Indian journal of veterinary science and animal husbandry - Volume 6,
Year: 1936
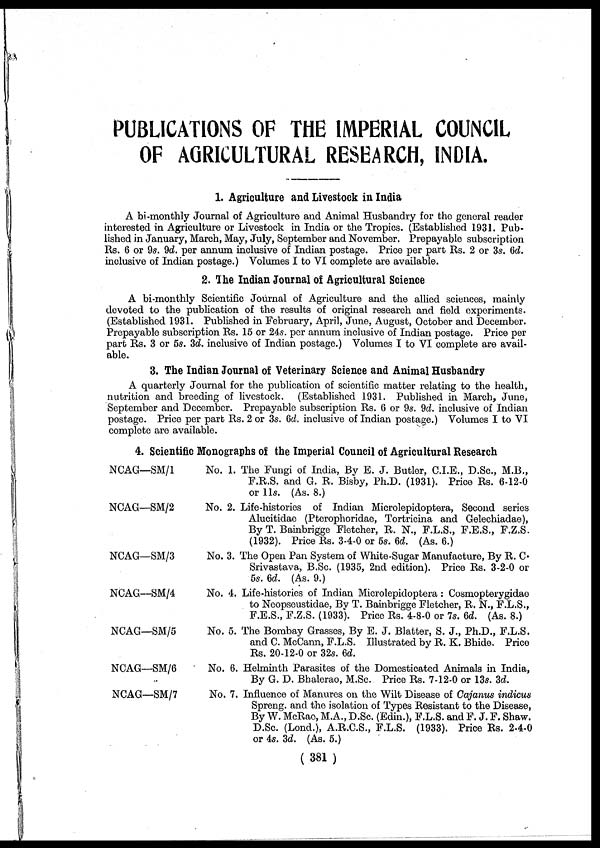
PUBLICATIONS OF THE IMPERIAL COUNCIL
OF AGRICULTURAL RESEARCH, INDIA.
1. Agriculture and Livestock in India
A bi-monthly Journal of Agriculture and Animal Husbandry for the general reader
interested in Agriculture or Livestock in India or the Tropics. (Established 1931. Pub-
lished in January, March, May, July, September and November. Prepayable subscription
Rs. 6 or 9s. 9d. per annum inclusive of Indian postage. Price per part Rs. 2 or 3s. 6d.
inclusive of Indian postage.) Volumes I to VI complete are available.
2. The Indian Journal of Agricultural Science
A bi-monthly Scientific Journal of Agriculture and the allied sciences, mainly
devoted to the publication of the results of original research and field experiments.
(Established 1931. Published in February, April, June, August, October and December.
Prepayable subscription Rs. 15 or 24s. per annum inclusive of Indian postage. Price per
part Rs. 3 or 5s. 3d. inclusive of Indian postage.) Volumes I to VI complete are avail-
able.
3. The Indian Journal of Veterinary Science and Animal Husbandry
A quarterly Journal for the publication of scientific matter relating to the health,
nutrition and breeding of livestock. (Established 1931. Published in March, June,
September and December. Prepayable subscription Rs. 6 or 9s. 9d inclusive of Indian
postage. Price per part Rs. 2 or 3s. (id. inclusive of Indian postage.) Volumes I to VI
complete are available.
4. Scientific Monographs of the Imperial Council of Agricultural Research
NCAG—SM/1
NCAG—SM/2
NCAG—SM/3
NCAG—SM/4
NCAG—SM/5
NCAG—SM/6
NCAG—SM/7
No. 1. The Fungi of India, By E. J. Butler, C.I.E., D.Sc, M.B.,
F.R.S. and G. R. Bisby, Ph.D. (1931). Price Rs. 6-12-0
or 11s. (As. 8.)
No. 2. Life-histories of Indian Microlepidoptera, Second series
Alucitidae (Pterophoridae, Tortricina and Gelechiadae),
By T. Bainbrigge Fletcher, R. N., F.L.S., F.E.S., F.Z.S.
(1932). Price Rs. 3-4-0 or 5s. 6d. (As. 6.)
No. 3. The Open Pan System of White-Sugar Manufacture, By R. C
Srivastava, B.Sc. (1935, 2nd edition). Price Rs. 3-2-0 or
5s. 6d. (As. 9.)
No. 4. Life-histories of Indian Microlepidoptera : Cosmopterygidae
to Neopseustidae, By T. Bainbrigge Fletcher, R. N., F.L.S.,
F.E.S., F.Z.S. (1933). Price Rs. 4-8-0 or 7s. 6d. (As. 8.)
No. 5. The Bombay Grasses, By E. J. Blatter, S. J., Ph.D., F.L.S.
and C. McCann, F.L.S. Illustrated by R. K. Bhide. Price
Rs. 20-12-0 or 32s. 6d.
No. 6. Helminth Parasites of the Domesticated Animals in India,
By G. D. Bhalerao, M.Sc. Price Rs. 7-12-0 or 13s. 3d.
No. 7. Influence of Manures on the Wilt Disease of Cajanus indicus
Spreng. and the isolation of Types Resistant to the Disease,
By W. McRae, M.A., D.Sc. (Edin.), F.L.S. and F. J. F. Shaw.
D.Sc. (Lond.), A.R.C.S., F.L.S. (1933). Price Rs. 2-4-0
or 4s. 3d. (As. 5.)
(381)